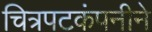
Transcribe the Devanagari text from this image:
चित्रपटकंपनीने